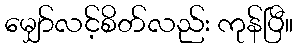
မျှော်လင့်စိတ်လည်း ကုန်ပြီ။